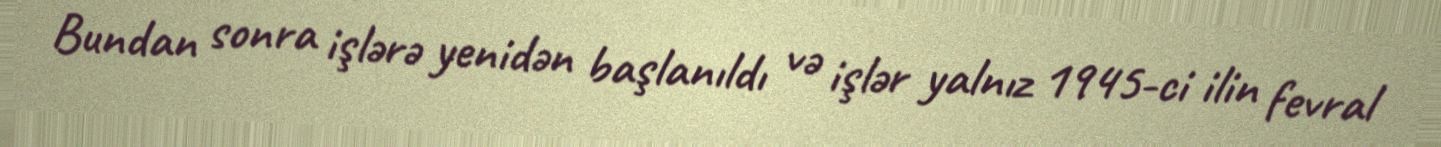
Bundan sonra işlərə yenidən başlanıldı və işlər yalnız 1945-ci ilin fevral